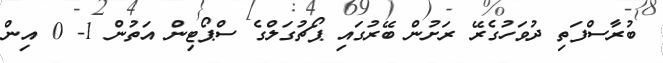
ބުރާސްފަތި ދުވަހުގެރޭ ރަށުން ބޭރުގައި ޕޯޗުގަލްގެ ސްޕޯޓިން އަތުން 1- 0 އިން